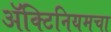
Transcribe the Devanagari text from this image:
ॲक्टिनियमचा